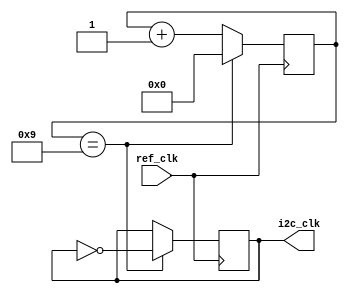
module I2C_clock_devire #(
    parameter WIDTH = 10,
    parameter DELAY = 10 
) (
    input wire  ref_clk,
    output reg  i2c_clk
);
    reg[WIDTH-1:0] counter;

    initial begin
        counter <= 0;
        i2c_clk <= 0;
    end

    always @(posedge ref_clk) begin
        if(counter == DELAY - 1) begin
            i2c_clk <= ~i2c_clk;
            counter <= 0;
        end else begin
            counter <= counter + 1;
        end
    end

endmodule